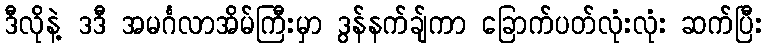
ဒီလိုနဲ့ ဒဒီ အမင်္ဂလာအိမ်ကြီးမှာ ဒွန်နက်ချ်ကာ ခြောက်ပတ်လုံးလုံး ဆက်ပြီး